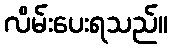
လိမ်းပေးရသည်။